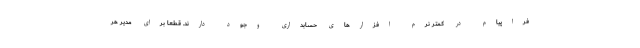
فراپیام در کمتر نرم افزارهای حسابداری وجود دارند. قطعا برای مدیر هر